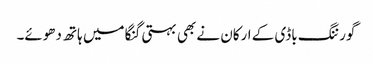
گورننگ باڈی کے ارکان نے بھی بہتی گنگا میں ہاتھ دھوئے۔